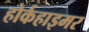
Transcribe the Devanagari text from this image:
होर्कहाइमर